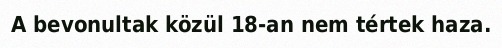
A bevonultak közül 18-an nem tértek haza.